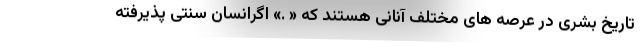
تاریخ بشری در عرصه های مختلف آنانی هستند که « .» اگرانسان سنتی پذیرفته